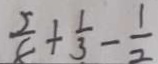
\frac { 5 } { 8 } + \frac { 1 } { 3 } - \frac { 1 } { 2 }